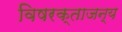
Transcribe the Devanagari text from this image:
विषरक्ताजन्य